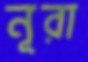
নূরা